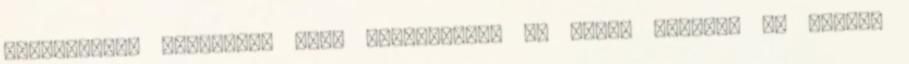
nyilatkozat Letöltés: heti ingyenjáték és demók Kövesse az Origót